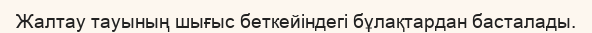
Жалтау тауының шығыс беткейіндегі бұлақтардан басталады.